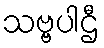
သဗ္ဗပါဌီ